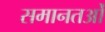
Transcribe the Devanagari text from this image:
समानतओं